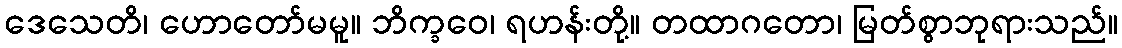
ဒေသေတိ၊ ဟောတော်မမူ။ ဘိက္ခဝေ၊ ရဟန်းတို့။ တထာဂတော၊ မြတ်စွာဘုရားသည်။